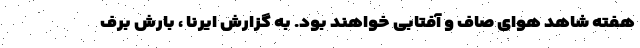
هفته شاهد هوای صاف و آفتابی خواهند بود. به گزارش ایرنا ، بارش برف